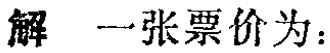
解 一张票价为：